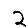
Digit: 2